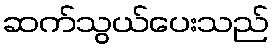
ဆက်သွယ်ပေးသည်